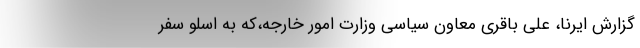
گزارش ایرنا، علی باقری معاون سیاسی وزارت امور خارجه،که به اسلو سفر